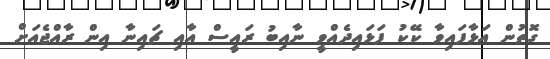
ގޮތުން އަޅާފައިވާ ކޭކު ފަޅައިދެއްވީ ނާއިބު ރައީސް އާއި ޗައިނާ އިން ރާއްޖެއަށް